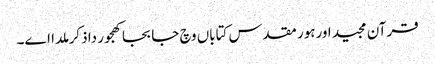
قرآن مجید اورہور مقدس کتاباں وچ جابجا کھجور دا ذکر ملدا ا‏‏ے۔